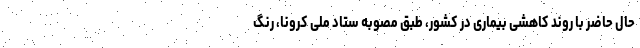
حال حاضر با روند کاهشی بیماری در کشور، طبق مصوبه ستاد ملی کرونا، رنگ